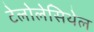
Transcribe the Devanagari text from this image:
टेलोलेसिथेल